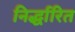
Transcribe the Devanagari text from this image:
निर्द्धारित